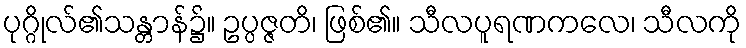
ပုဂ္ဂိုလ်၏သန္တာန်၌။ ဥပ္ပဇ္ဇတိ၊ ဖြစ်၏။ သီလပူရဏကလေ၊ သီလကို